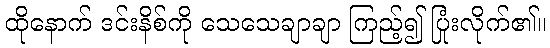
ထိုနောက် ဒင်းနိစ်ကို သေသေချာချာ ကြည့်၍ ပြုံးလိုက်၏။